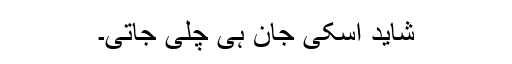
شاید اسکی جان ہی چلی جاتی۔